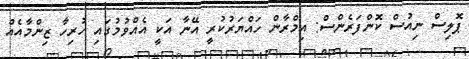
ޕޮލިސް ނިއުސް ކޮންފަރެންސް: އިމްރާން ހައްޔަރުކުރީ އޭނާ އަކީ އެއްވުމުގައި ހުރިހާ ޒިންމާއެއް